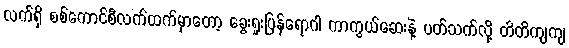
လက်ရှိ စစ်ကောင်စီလက်ထက်မှာတော့ ခွေးရူးပြန်ရောဂါ ကာကွယ်ဆေးနဲ့ ပတ်သက်လို့ တိတိကျကျ